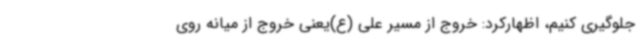
جلوگیری کنیم، اظهارکرد: خروج از مسیر علی (ع)یعنی خروج از میانه روی